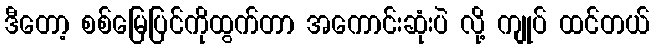
ဒီတော့ စစ်မြေပြင်ကိုထွက်တာ အကောင်းဆုံးပဲ လို့ ကျုပ် ထင်တယ်